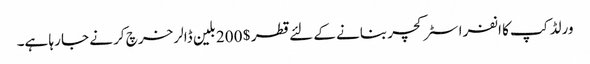
ورلڈ کپ کا انفرا سٹرکچر بنانے کے لئے قطر $ 200 بلین ڈالر خرچ کر نے جا رہا ہے۔